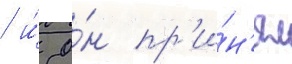
/ и́ о́н пр'и́н'ял